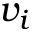
v _ { i }